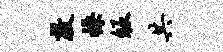
敦操皈共